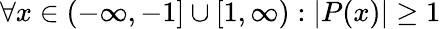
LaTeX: \forall x\in(-\infty,-1]\cup[1,\infty):|P(x)|\geq 1